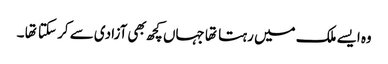
وه ایسے ملک میں رہتا تها جہاں کچھ بهی آزادی سے کر سکتا تها ۔